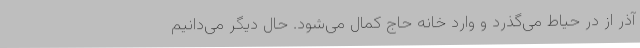
آذر از درِ حیاط می‌گذرد و وارد خانه حاج کمال می‌شود. حال دیگر می‌دانیم